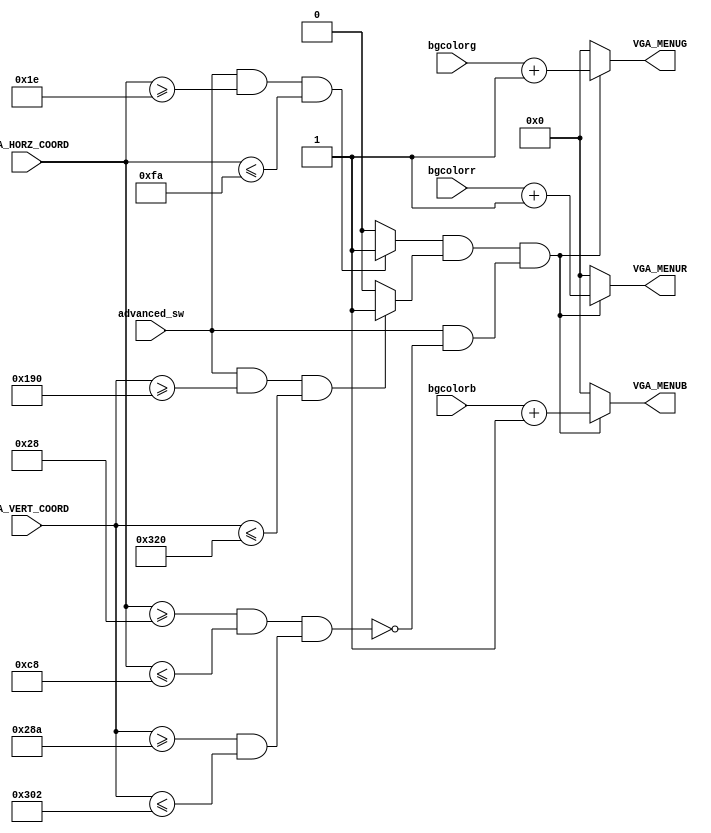
`timescale 1ns / 1ps
//////////////////////////////////////////////////////////////////////////////////
// Company: 
// Engineer: 
// 
// Design Name: 
// Module Name: menu_bg
// Project Name: 
// Target Devices: 
// Tool Versions: 
// Description: 
// 
// Dependencies: 
// 
// Revision:
// Revision 0.01 - File Created
// Additional Comments:
// 
//////////////////////////////////////////////////////////////////////////////////


module menu_bg(
    input [11:0] VGA_HORZ_COORD,
    input [11:0] VGA_VERT_COORD,
    input advanced_sw,
    
    input [3:0] bgcolorr,
    input [3:0] bgcolorg,
    input [3:0] bgcolorb,
    
    output reg [3:0] VGA_MENUR,
    output reg [3:0] VGA_MENUG,
    output reg [3:0] VGA_MENUB
);
    
    parameter sep = 40;
    parameter x_left = 40; 
    
    wire menu_horz = (advanced_sw == 1 && VGA_HORZ_COORD >= 30 && VGA_HORZ_COORD <= 250)? 1: 0;
    wire menu_vert = (advanced_sw == 1 && VGA_VERT_COORD >= 400 && VGA_VERT_COORD <= 800)? 1: 0;
    wire exclude = (advanced_sw == 1 && ~((VGA_HORZ_COORD >= x_left && VGA_HORZ_COORD <= x_left + sep*4)&&(VGA_VERT_COORD >= 410 + sep*6 && VGA_VERT_COORD <= 410 + sep*9))); 
    
    always@(*) begin
        VGA_MENUR <= (menu_horz && menu_vert && exclude)? bgcolorr + 1: 4'h0;
        VGA_MENUG <= (menu_horz && menu_vert && exclude)? bgcolorg + 1: 4'h0;
        VGA_MENUB <= (menu_horz && menu_vert && exclude)? bgcolorb + 1: 4'h0;
      end
endmodule